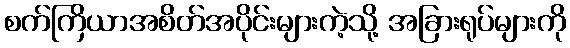
စက်ကြိယာအစိတ်အပိုင်းများကဲ့သို့ အခြားရုပ်များကို